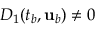
D _ { 1 } ( t _ { b } , { \mathbf { u } } _ { b } ) \neq 0